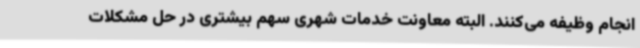
انجام وظیفه می‌کنند. البته معاونت خدمات شهری سهم بیشتری در حل مشکلات